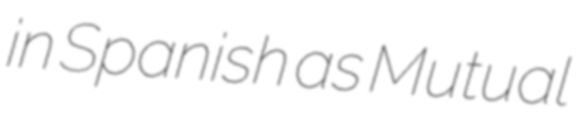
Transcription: in Spanish as Mutual